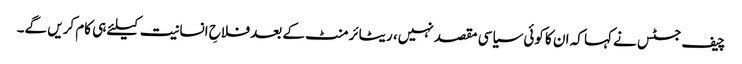
چیف جسٹس نے کہا کہ ان کا کوئی سیاسی مقصد نہیں، ریٹائرمنٹ کے بعد فلاحِ انسانیت کیلئے ہی کام کریں گے۔